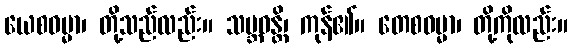
ယေစဓမ္မာ၊ တို့သည်လည်း။ သမ္ဘဝန္တိ၊ ကုန်၏။ တေစဓမ္မာ၊ တို့ကိုလည်း။